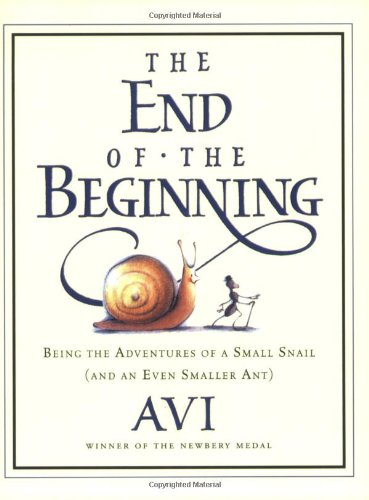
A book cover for The End of the Beginning: Being the Adventures of a Small Snail (and an Even Smaller Ant); Avi; Children's Books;